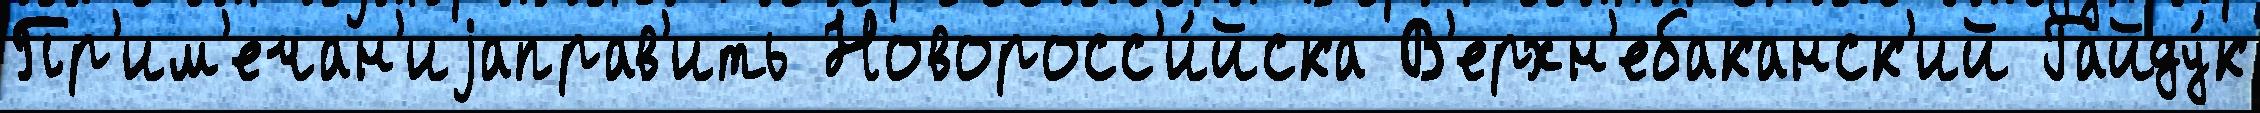
Пр'им'ечан'иjаправ'ить Новоросс'и́йска В'ерхн'ебаканск'ий Гайду́к